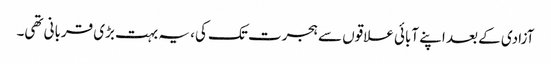
آزادی کے بعد اپنے آبائی علاقوں سے ہجرت تک کی، یہ بہت بڑی قربانی تھی۔